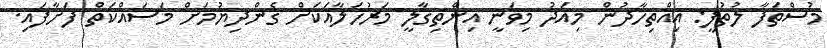
މުސްތަފާ ލުތުފީ: އިއްތިހާދުން މިއަދު މިވަނީ އިންތިގާލީ މަރުހަލާއަކަށް ގެންދިޔުމަށް މަސައްކަތް ފަށާފައި.